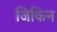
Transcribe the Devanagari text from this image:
जिकिन